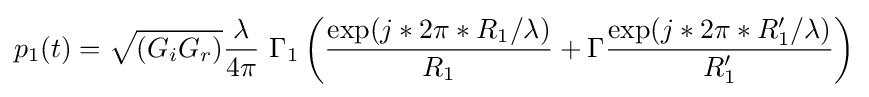
p_{1}(t)={\sqrt {(G_{i}G_{r})}}{\frac {\lambda }{4\pi }}~\Gamma _{1}\left({\frac {\exp(j*2\pi *R_{1}/{\lambda })}{R_{1}}}+\Gamma {\frac {\exp(j*2\pi *R_{1}'/{\lambda })}{R_{1}'}}\right)